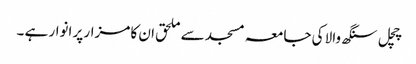
چچل سنگھ والا کی جامعہ مسجد سے ملحق ان کا مزار پر انوار ہے ۔